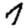
Digit: 7